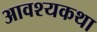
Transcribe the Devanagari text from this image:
आवश्यकथा